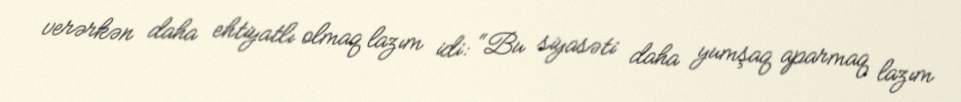
verərkən daha ehtiyatlı olmaq lazım idi: “Bu siyasəti daha yumşaq aparmaq lazım